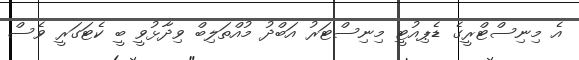
އެ މިނިސްޓްރީގެ ޑެޕިއުޓީ މިނިސްޓަރު އަބްދު މުއްތަލިބް ވިދާޅުވީ ބީ ކެޓަގަރީ ވެސް